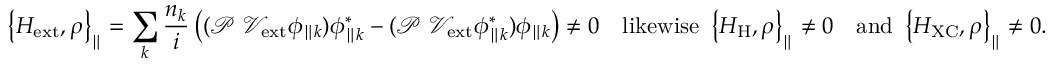
\left\{ H _ { \mathrm { e x t } } , \rho \right\} _ { \parallel } = \sum _ { k } { \frac { n _ { k } } { i } \left( ( \mathcal { P } \ \mathcal { V } _ { \mathrm { e x t } } \phi _ { \parallel k } ) \phi _ { \parallel k } ^ { * } - ( \mathcal { P } \ \mathcal { V } _ { \mathrm { e x t } } \phi _ { \parallel k } ^ { * } ) \phi _ { \parallel k } \right) } \neq 0 \quad \mathrm { l i k e w i s e } \ \left\{ H _ { \mathrm { H } } , \rho \right\} _ { \parallel } \neq 0 \quad \mathrm { a n d } \ \left\{ H _ { \mathrm { X C } } , \rho \right\} _ { \parallel } \neq 0 .